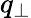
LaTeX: q_{\perp}